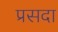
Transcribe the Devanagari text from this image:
प्रसदा